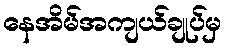
နေအိမ်အကျယ်ချုပ်မှ